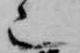
也